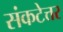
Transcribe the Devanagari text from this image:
संकटेत्तर